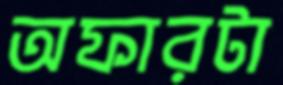
অফারটা